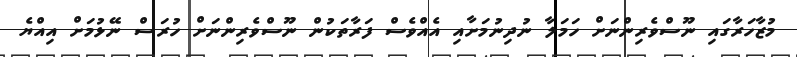
މުޒާހަރާގައި ނޫސްވެރިންނަށް ހަމަލާ ނުދިނުމަށާއި އެއްވެސް ފަރާތަކުން ނޫސްވެރިންނަށް ހުރަސް ނޭޅުމަށް އިއްޔެ